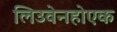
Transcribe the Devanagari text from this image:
लिउवेनहोएक